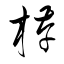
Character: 栫